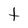
Character: t